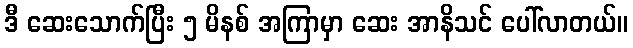
ဒီ ဆေးသောက်ပြီး ၅ မိနစ် အကြာမှာ ဆေး အာနိသင် ပေါ်လာတယ်။